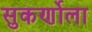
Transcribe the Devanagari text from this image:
सुकर्णोला